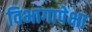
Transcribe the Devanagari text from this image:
विभागापेक्षा